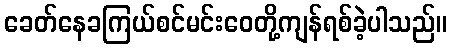
ခေတ်နေခကြယ်စင်မင်းဝေတို့ကျန်ရစ်ခဲ့ပါသည်။